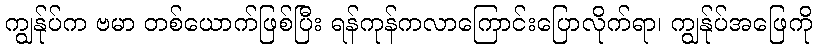
ကျွန်ုပ်က ဗမာ တစ်ယောက်ဖြစ်ပြီး ရန်ကုန်ကလာကြောင်းပြောလိုက်ရာ၊ ကျွန်ုပ်အဖြေကို